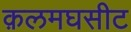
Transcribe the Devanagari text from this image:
क़लमघसीट